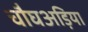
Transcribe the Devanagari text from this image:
चौघअड़िया